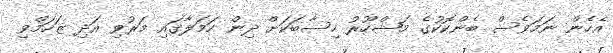
އެހެން ނަމަވެސް ބެންކޮކުގެ މަޝްހޫރު ހިސާބަކަށް ދިން ހަމަލާގައި މަރުވި އަދި ޒަހަމްވި